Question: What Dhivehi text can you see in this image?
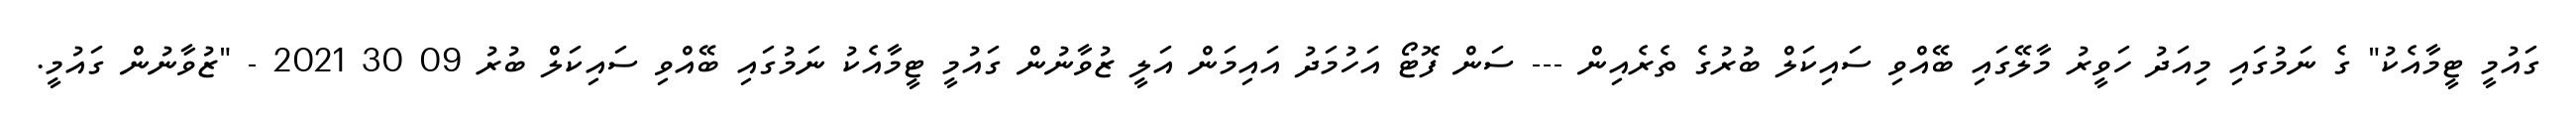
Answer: ގައުމީ ޓީމާއެކު" ގެ ނަމުގައި މިއަދު ހަވީރު މާލޭގައި ބޭއްވި ސައިކަލް ބުރުގެ ތެރެއިން --- ސަން ފޮޓޯ އަހުމަދު އައިމަން އަލީ ޒުވާނުން ގައުމީ ޓީމާއެކު ނަމުގައި ބޭއްވި ސައިކަލް ބުރު 09 30 2021 - "ޒުވާނުން ގައުމީ.